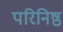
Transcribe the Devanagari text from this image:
परिनिष्ठ